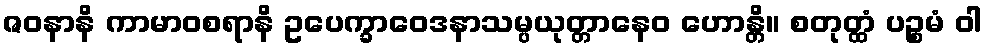
ဇဝနာနိ ကာမာဝစရာနိ ဥပေက္ခာဝေဒနာသမ္ပယုတ္တာနေဝ ဟောန္တိ။ စတုတ္ထံ ပဉ္စမံ ဝါ